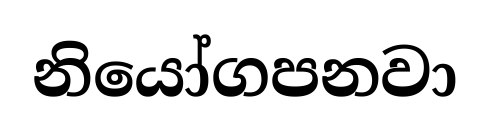
නියෝගපනවා